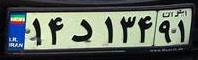
۱۴د۱۳۴۹۱